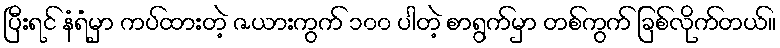
ပြီးရင် နံရံမှာ ကပ်ထားတဲ့ ဇယားကွက် ၁၀၀ ပါတဲ့ စာရွက်မှာ တစ်ကွက် ခြစ်လိုက်တယ်။